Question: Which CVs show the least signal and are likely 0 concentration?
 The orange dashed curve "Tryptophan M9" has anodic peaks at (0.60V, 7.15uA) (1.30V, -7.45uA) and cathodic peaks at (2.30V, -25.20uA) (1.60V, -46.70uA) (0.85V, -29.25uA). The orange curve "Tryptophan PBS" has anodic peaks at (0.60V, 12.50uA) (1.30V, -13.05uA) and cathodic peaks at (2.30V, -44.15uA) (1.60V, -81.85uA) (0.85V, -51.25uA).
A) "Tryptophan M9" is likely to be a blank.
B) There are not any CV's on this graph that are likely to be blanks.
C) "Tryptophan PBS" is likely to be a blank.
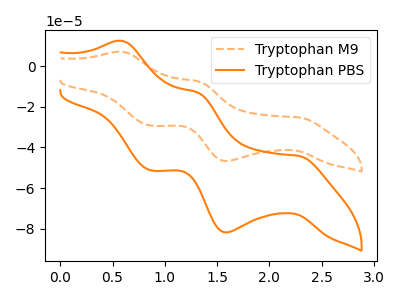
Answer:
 <answer>B) There are not any CV's on this graph that are likely to be blanks.</answer>
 <eval>B</eval>